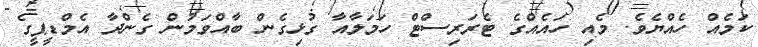
ކަމެއް ހެއްޔެވެ. މެއި ހައެއްގެ ޓެރަރިސްޓް ހަމަލާއާ ގުޅިގެން ބާއްވަމުން ގެންދާ އެމްޑީޕީގެ